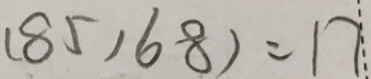
( 8 5 . 6 8 ) = 1 7